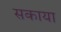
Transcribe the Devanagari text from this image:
सकाया